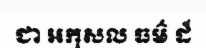
ជា អកុសល ធម៌ ដ៏